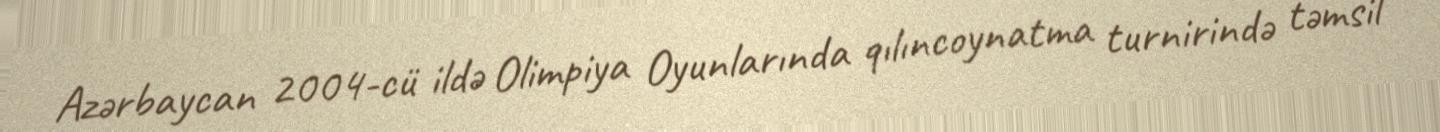
Azərbaycan 2004-cü ildə Olimpiya Oyunlarında qılıncoynatma turnirində təmsil